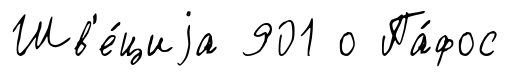
Шв'е́циjа 901 о Па́фос